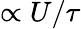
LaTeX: \propto U/\tau